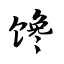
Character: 馋